Madras plague regulations in force outside the Presidency town - Volume 2
Disease focus: Plague
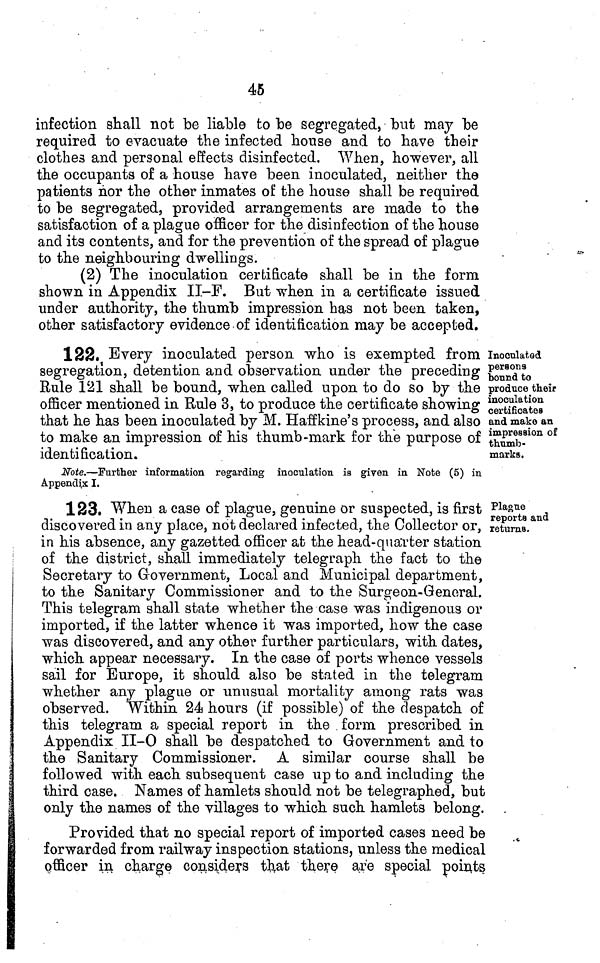
45
infection shall not be liable to be segregated, but may be
required to evacuate the infected house and to have their
clothes and personal effects disinfected. When, however, all
the occupants of a house have been inoculated, neither the
patients ñor the other inmates of the house shall be required
to be segregated, provided arrangements are made to the
satisfaction of a plague officer for the disinfection of the house
and its contents, and for the prevention of the spread of plague
to the neighbouring dwellings.
(2) The inoculation certificate shall be in the form
shown in Appendix II-F. But when in a certificate issued
under authority, the thumb impression has not been taken,
other satisfactory evidence of identification may be accepted.
Inoeulatad
persons
bound to
produce their
inoculation
certificates
and make an
impression of
thumb-
marks.
122. Every inoculated person who is exempted from
segregation, detention and observation under the preceding
Rule 121 shall be bound, when called upon to do so by the
officer mentioned in Rule 3, to produce the certificate showing
that he has been inoculated by M. Haffkine's process, and also
to make an impression of his thumb-mark for the purpose of
identification.
Note,—Further information regarding inoculation is given in Note (5) in
Appendix I.
Plague
reporta and
returns.
123. When a case of plague, genuine or suspected, is first
discovered in any place, not declared infected, the Collector or,
in his absence, any gazetted officer at the head-quarter station
of the district, shall immediately telegraph the fact to the
Secretary to Government, Local and Municipal department,
to the Sanitary Commissioner and to the Surgeon-General.
This telegram shall state whether the case was indigenous or
imported, if the latter whence it was imported, how the case
was discovered, and any other further particulars, with dates,
which appear necessary. In the case of ports whence vessels
sail for Europe, it should also be stated in the telegram
whether any plague or unusual mortality among rats was
observed. Within 24 hours (if possible) of the despatch of
this telegram a special report in the . form prescribed in
Appendix II-O shall be despatched to Government and to
the Sanitary Commissioner. A similar course shall be
followed with each subsequent case up to and including the
third case. Names of hamlets should not be telegraphed, but
only the names of the villages to which such hamlets belong.
Provided that no special report of imported cases need be
forwarded from railway inspection stations, unless the medical
officer in charge considers that there are special points